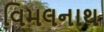
વિમલનાથ